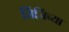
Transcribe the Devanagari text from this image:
जिंजिंच्या